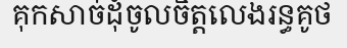
គុកសាច់ដុំចូលចិត្តលេងរន្ធគូថ